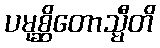
ပမုစ္ဆိတောသ္မီတိ